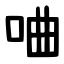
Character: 㖆